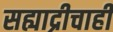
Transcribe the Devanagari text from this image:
सह्याद्रीचाही